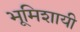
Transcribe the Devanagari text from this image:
भूमिशायी